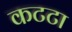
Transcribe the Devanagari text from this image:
कटटा